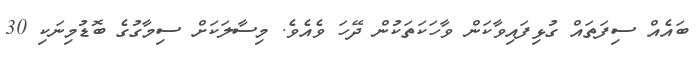
ބައެއް ސިފަތައް ގުޅިފައިވާކަން ވާހަކަތަކުން ދޭހަ ވެއެވެ. މިސާލަކަށް ސިމާގުގެ ބޮޑުމިނަކި 30